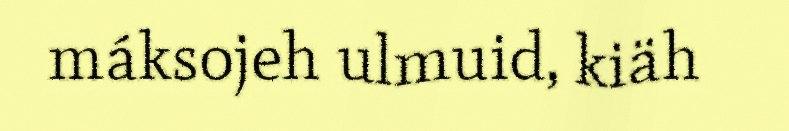
máksojeh ulmuid, kiäh